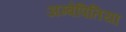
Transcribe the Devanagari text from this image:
अम्बेपितिया